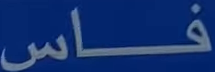
فاس